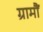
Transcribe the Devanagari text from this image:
ग्रामौं